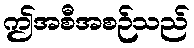
ဤအစီအစဉ်သည်